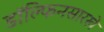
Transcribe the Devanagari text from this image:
डॉल्फिनसारखे